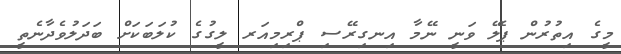
މީގެ އިތުރުން ޕެލޭ ވަނީ ނޭމާ އިނގިރޭސި ޕްރިމިއަރ ލީގުގެ ކުލަބަކަށް ބަދަލުވެދާނެތީ